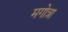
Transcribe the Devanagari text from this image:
मगोत्रा